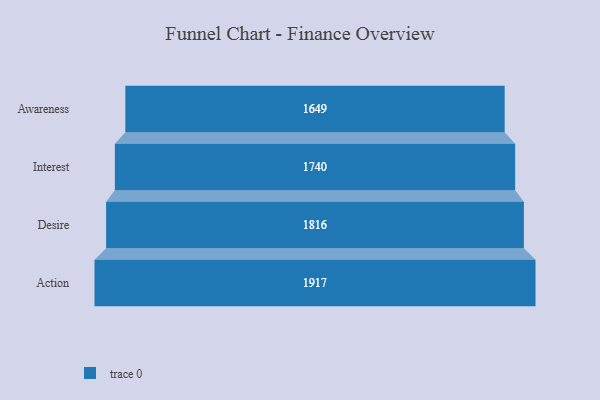
{"axis": {"x": "Stage", "y": "Value"}, "legend": [""], "data": [{"x": "Awareness", "y": 1649.0, "type": ""}, {"x": "Interest", "y": 1740.0, "type": ""}, {"x": "Desire", "y": 1816.0, "type": ""}, {"x": "Action", "y": 1917.0, "type": ""}]}